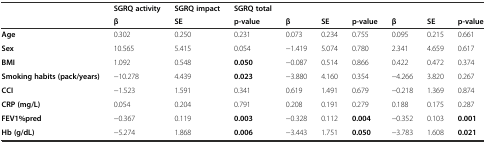
<table><thead><tr><td></td><td><b>SGRQ activity</b></td><td><b>SGRQ impact</b></td><td><b>SGRQ total</b></td><td></td><td></td><td></td><td></td><td></td><td></td></tr><tr><td></td><td><b>β</b></td><td><b>SE</b></td><td><b>p-value</b></td><td><b>β</b></td><td><b>SE</b></td><td><b>p-value</b></td><td><b>β</b></td><td><b>SE</b></td><td><b>p-value</b></td></tr></thead><tbody><tr><td><b>Age</b></td><td>0.302</td><td>0.250</td><td>0.231</td><td>0.073</td><td>0.234</td><td>0.755</td><td>0.095</td><td>0.215</td><td>0.661</td></tr><tr><td><b>Sex</b></td><td>10.565</td><td>5.415</td><td>0.054</td><td>−1.419</td><td>5.074</td><td>0.780</td><td>2.341</td><td>4.659</td><td>0.617</td></tr><tr><td><b>BMI</b></td><td>1.092</td><td>0.548</td><td><b>0.050</b></td><td>−0.087</td><td>0.514</td><td>0.866</td><td>0.422</td><td>0.472</td><td>0.374</td></tr><tr><td><b>Smoking habits (pack/years)</b></td><td>−10.278</td><td>4.439</td><td><b>0.023</b></td><td>−3.880</td><td>4.160</td><td>0.354</td><td>−4.266</td><td>3.820</td><td>0.267</td></tr><tr><td><b>CCI</b></td><td>−1.523</td><td>1.591</td><td>0.341</td><td>0.619</td><td>1.491</td><td>0.679</td><td>−0.218</td><td>1.369</td><td>0.874</td></tr><tr><td><b>CRP (mg/L)</b></td><td>0.054</td><td>0.204</td><td>0.791</td><td>0.208</td><td>0.191</td><td>0.279</td><td>0.188</td><td>0.175</td><td>0.287</td></tr><tr><td><b>FEV1%pred</b></td><td>−0.367</td><td>0.119</td><td><b>0.003</b></td><td>−0.328</td><td>0.112</td><td><b>0.004</b></td><td>−0.352</td><td>0.103</td><td><b>0.001</b></td></tr><tr><td><b>Hb (g/dL)</b></td><td>−5.274</td><td>1.868</td><td><b>0.006</b></td><td>−3.443</td><td>1.751</td><td><b>0.050</b></td><td>−3.783</td><td>1.608</td><td><b>0.021</b></td></tr></tbody></table>